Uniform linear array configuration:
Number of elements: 48
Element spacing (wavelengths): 0.5
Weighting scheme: blackman
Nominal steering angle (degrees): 45
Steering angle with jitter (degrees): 45.107
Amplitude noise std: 0.05
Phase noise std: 0.05

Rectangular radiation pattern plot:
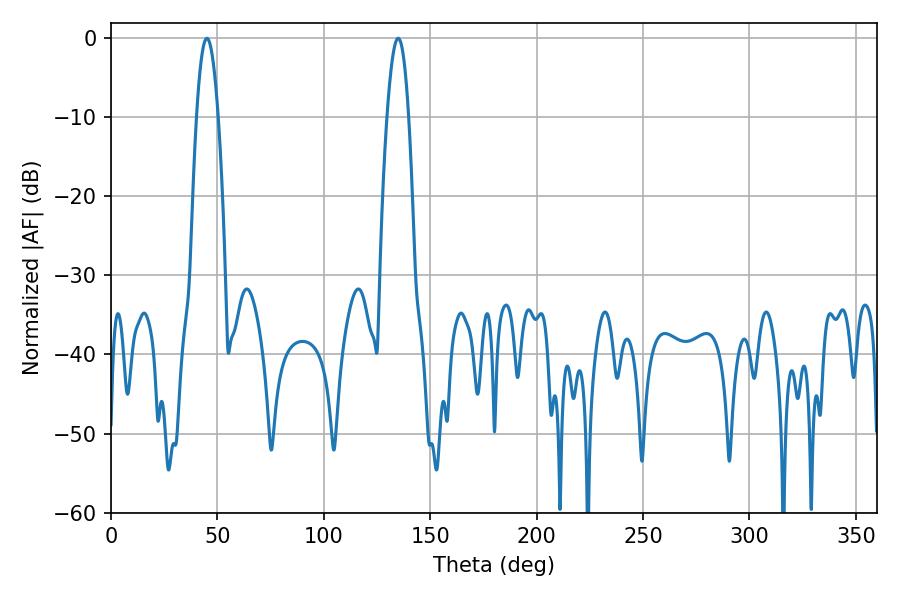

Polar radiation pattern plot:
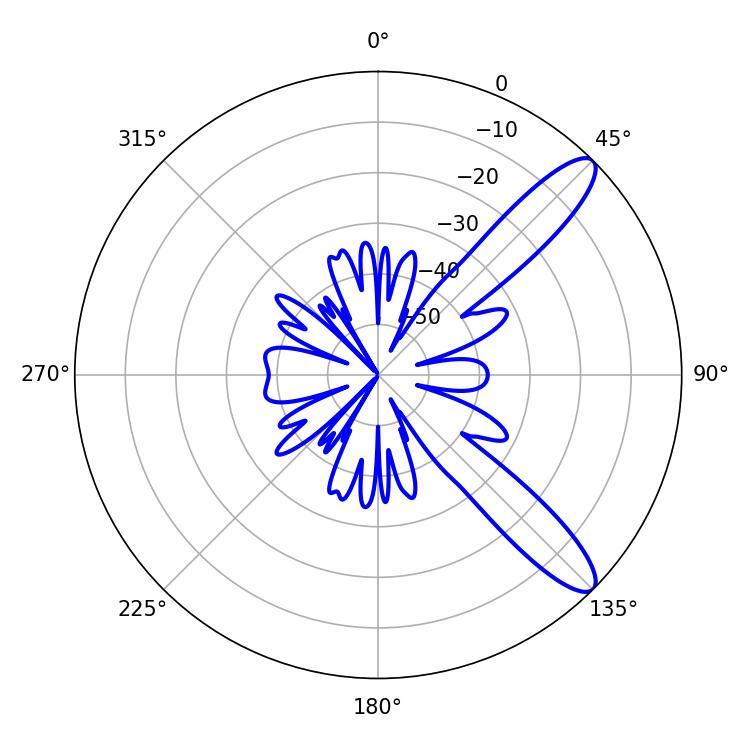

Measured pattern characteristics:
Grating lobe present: FALSE
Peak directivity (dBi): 11.264
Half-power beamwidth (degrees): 5.58
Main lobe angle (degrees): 45